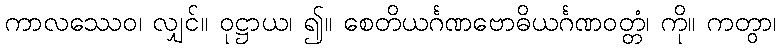
ကာလဿေဝ၊ လျှင်။ ဝုဋ္ဌာယ၊ ၍။ စေတိယင်္ဂဏဗောဓိယင်္ဂဏဝတ္တံ၊ ကို။ ကတွာ၊